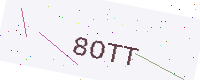
Text: 8OTT